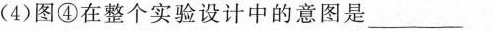
(4)图④在整个实验设计中的意图是___